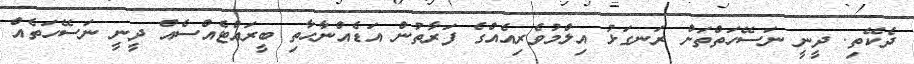
ދެކޭތި. ދީނީ ނަސޭހަތްތަށް ރަނގަޅު އިލްމުވެރިއެއްގެ ފަރާތުން އަޑެއްނާހާތި ބީރައްޓެއްސެއް ދީނީ ނަސޭހަތެއް